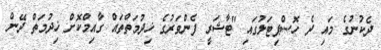
ދެކުނުގެ މައި ދެ ހޮސްޕިޓަލުގައި "ޓާޝަރީ ފެންވަރުގެ ޚިދުމަތްތައް ގާއިމްކޮށް ޚިދުމަތް ދޭން